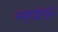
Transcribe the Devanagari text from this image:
समृदद्धीमुळे